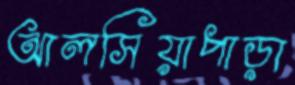
আলসিয়াপাড়া